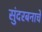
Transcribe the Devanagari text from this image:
सुंदरबनाचे